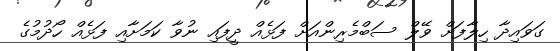
ގަވައިދާ ހިލާފަށް ވޭލް ސަބްމެރިންއަށް ފަޅެއް ދީފައި ނުވާ ކަމަށާއި ފަޅެއް ހޯދުމުގެ